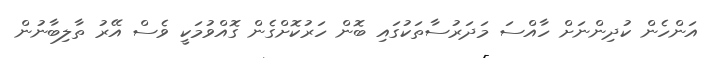
އަންހެން ކުދިންނަށް ހާއްސަ މަދަރުސާތަކުގައި ބޮން ހަރުކޮށްގެން ގޮއްވުމަކީ ވެސް އޭރު ތާލިބާނުން